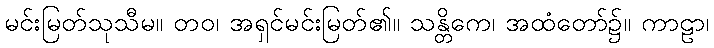
မင်းမြတ်သုသီမ။ တဝ၊ အရှင်မင်းမြတ်၏။ သန္တိကေ၊ အထံတော်၌။ ကာဠာ၊